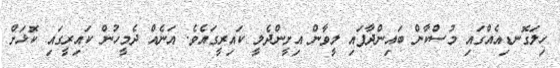
ހިލަގޮނޑިއެއްގައި މުސްކާން ބައިންދާފައި ލީވާން އިށީންދެލީ ކައިރީގައެވެ. އަނެއް ދެމީހުން ކައިރީގައި ކޮޅަށް